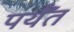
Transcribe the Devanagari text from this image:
पर्यँत